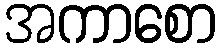
အကာစော